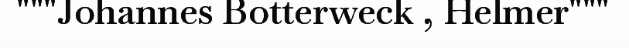
"""Johannes Botterweck , Helmer"""